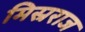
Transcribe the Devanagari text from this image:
मिस्रराज